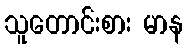
သူတောင်းစား မာန